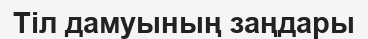
Тіл дамуының заңдары